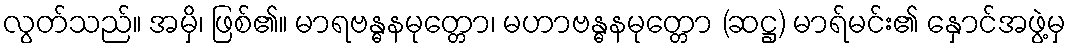
လွတ်သည်။ အမှိ၊ ဖြစ်၏။ မာရဗန္ဓနမုတ္တော၊ မဟာဗန္ဓနမုတ္တော (ဆဋ္ဌ) မာရ်မင်း၏ နှောင်အဖွဲ့မှ